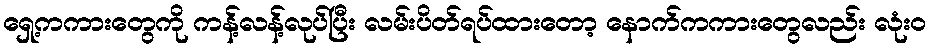
ရှေ့ကကားတွေကို ကန့်လန့်လုပ်ပြီး လမ်းပိတ်ရပ်ထားတော့ နောက်ကကားတွေလည်း လုံးဝ